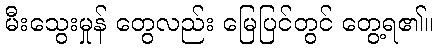
မီးသွေးမှုန် တွေလည်း မြေပြင်တွင် တွေ့ရ၏။